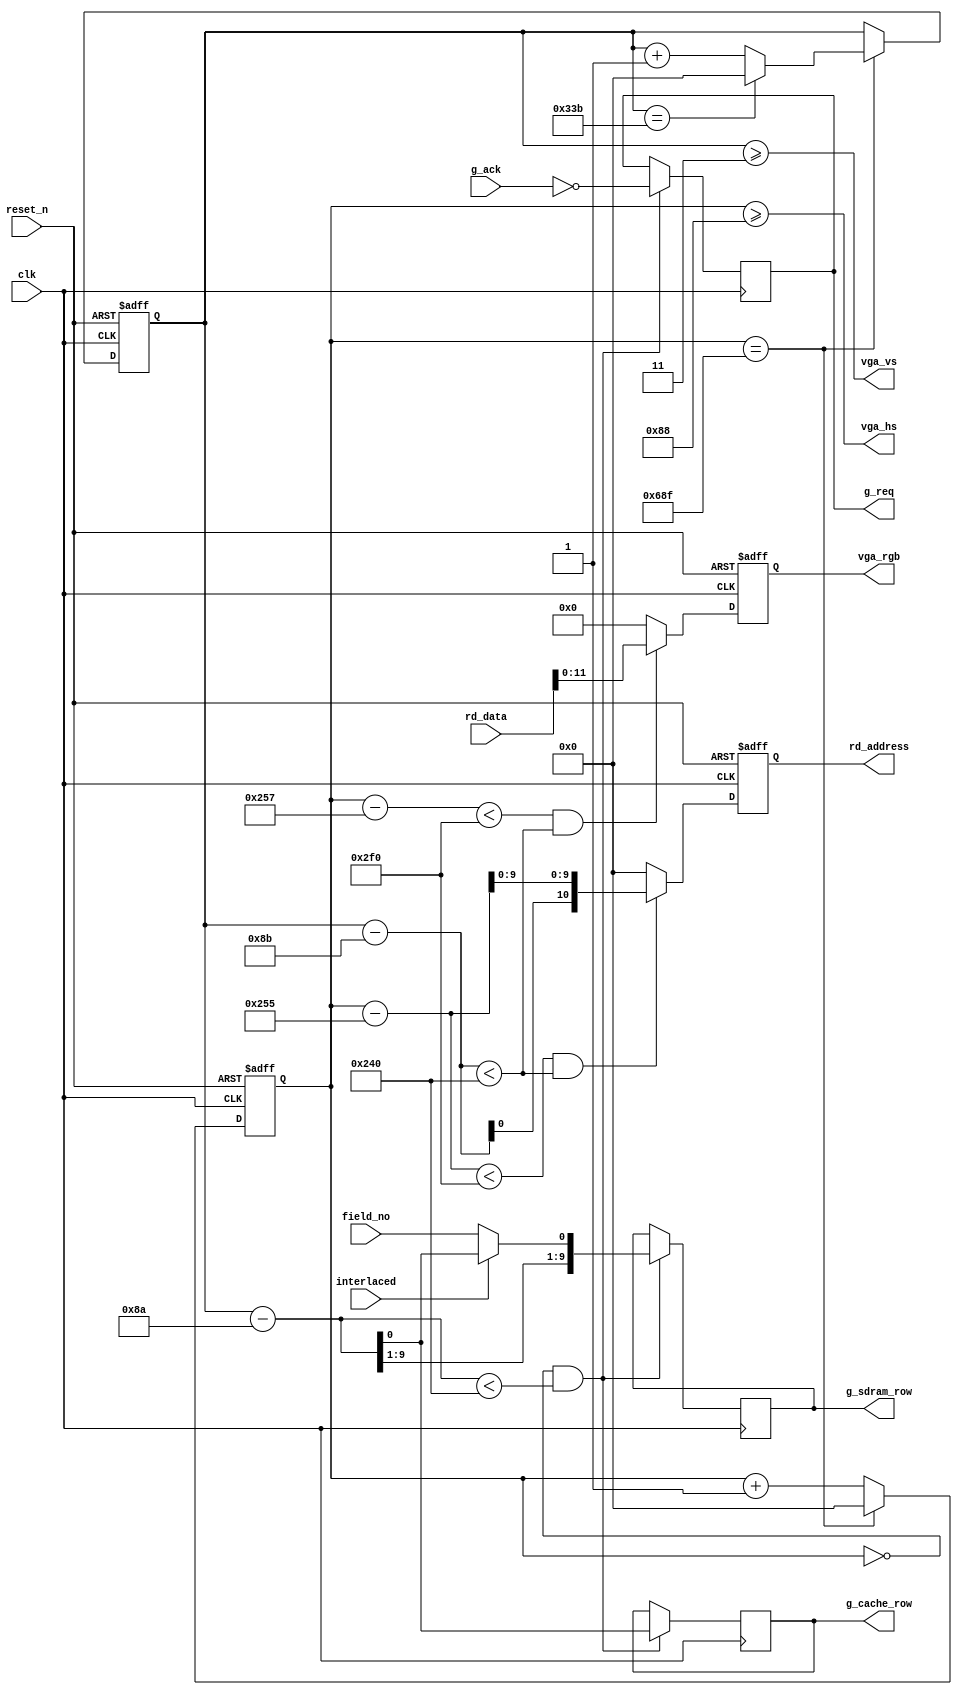
// This program was cloned from: https://github.com/niklasekstrom/flickerfixer
// License: Creative Commons Zero v1.0 Universal

/*
 * Written Christmas 2019 by Niklas Ekstrm
 */
module vga_frame_generator(
   input                reset_n,
   input                clk,

   output               vga_hs,
   output               vga_vs,
   output reg  [11:0]   vga_rgb,

   output reg  [10:0]   rd_address,
   input       [15:0]   rd_data,

   output reg           g_req,
   input                g_ack,
   output reg           g_cache_row,
   output reg  [9:0]    g_sdram_row,

   input                interlaced,
   input                field_no
   );

   // List of VGA timings: http://tinyvga.com/vga-timing

   // 1280x800p@60Hz
   localparam H_SYNC    = 11'd136;
   localparam H_BACK    = 11'd200;
   localparam H_VISIBLE = 11'd1280;
   localparam H_FRONT   = 11'd64;
   localparam H_TOTAL   = 11'd1680;

   localparam V_SYNC    = 11'd3;
   localparam V_BACK    = 11'd24;
   localparam V_VISIBLE = 11'd800;
   localparam V_FRONT   = 11'd1;
   localparam V_TOTAL   = 11'd828;

   localparam X_START   = 11'd600;
   localparam Y_START   = 11'd139;

   localparam BOX_WIDTH = 11'd752;
   localparam BOX_HEIGHT = 11'd576;

   reg [10:0] h_cnt = 11'd0;
   reg [10:0] v_cnt = 11'd0;

   assign vga_hs = h_cnt >= H_SYNC;
   assign vga_vs = v_cnt >= V_SYNC;

   always @(posedge clk or negedge reset_n)
   begin
      if (!reset_n)
      begin
         h_cnt <= 11'd0;
         v_cnt <= 11'd0;
      end
      else
      begin
         if (h_cnt == H_TOTAL - 11'd1)
         begin 
            h_cnt <= 11'd0;

            if (v_cnt == V_TOTAL - 11'd1)
               v_cnt <= 11'd0;
            else
               v_cnt <= v_cnt + 11'd1;
         end
         else
            h_cnt <= h_cnt + 11'd1;
      end
   end

   wire [10:0] y_pos = v_cnt - Y_START;
   wire [10:0] addr_x_pos = h_cnt - (X_START - 11'd3);

   always @(posedge clk or negedge reset_n)
   begin
      if (!reset_n)
         rd_address <= 11'd0;
      else
      begin
         if (addr_x_pos < BOX_WIDTH && y_pos < BOX_HEIGHT)
            rd_address <= {y_pos[0], addr_x_pos[9:0]};
         else
            rd_address <= 11'd0;
      end
   end

   wire [10:0] col_x_pos = h_cnt - (X_START - 11'd1);

   always @(posedge clk or negedge reset_n)
   begin
      if (!reset_n)
      begin
         vga_rgb <= 12'h000;
      end
      else
      begin
         if (col_x_pos < BOX_WIDTH && y_pos < BOX_HEIGHT)
            vga_rgb <= rd_data[11:0];
         /*
         else if (v_cnt >= (V_SYNC + V_BACK) && v_cnt < (V_TOTAL - V_FRONT) && h_cnt >= (H_SYNC + H_BACK) && h_cnt < (H_TOTAL - H_FRONT))
         begin
            if (h_cnt[0])
               vga_rgb <= 12'h223;
            else
               vga_rgb <= 12'h333;
         end*/
         else
            vga_rgb <= 12'h000;
      end
   end

   wire [10:0] fetch_y_pos = v_cnt - (Y_START - 11'd1);

   always @(posedge clk)
   begin
      if (h_cnt == 0 && fetch_y_pos < BOX_HEIGHT)
      begin
         g_req <= !g_ack;
         g_cache_row <= fetch_y_pos[0];
         if (interlaced)
            g_sdram_row <= fetch_y_pos[9:0];
         else
            g_sdram_row <= {fetch_y_pos[9:1], field_no};
      end
   end

endmodule